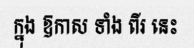
ក្នុង ឱកាស ទាំង ពីរ នេះ